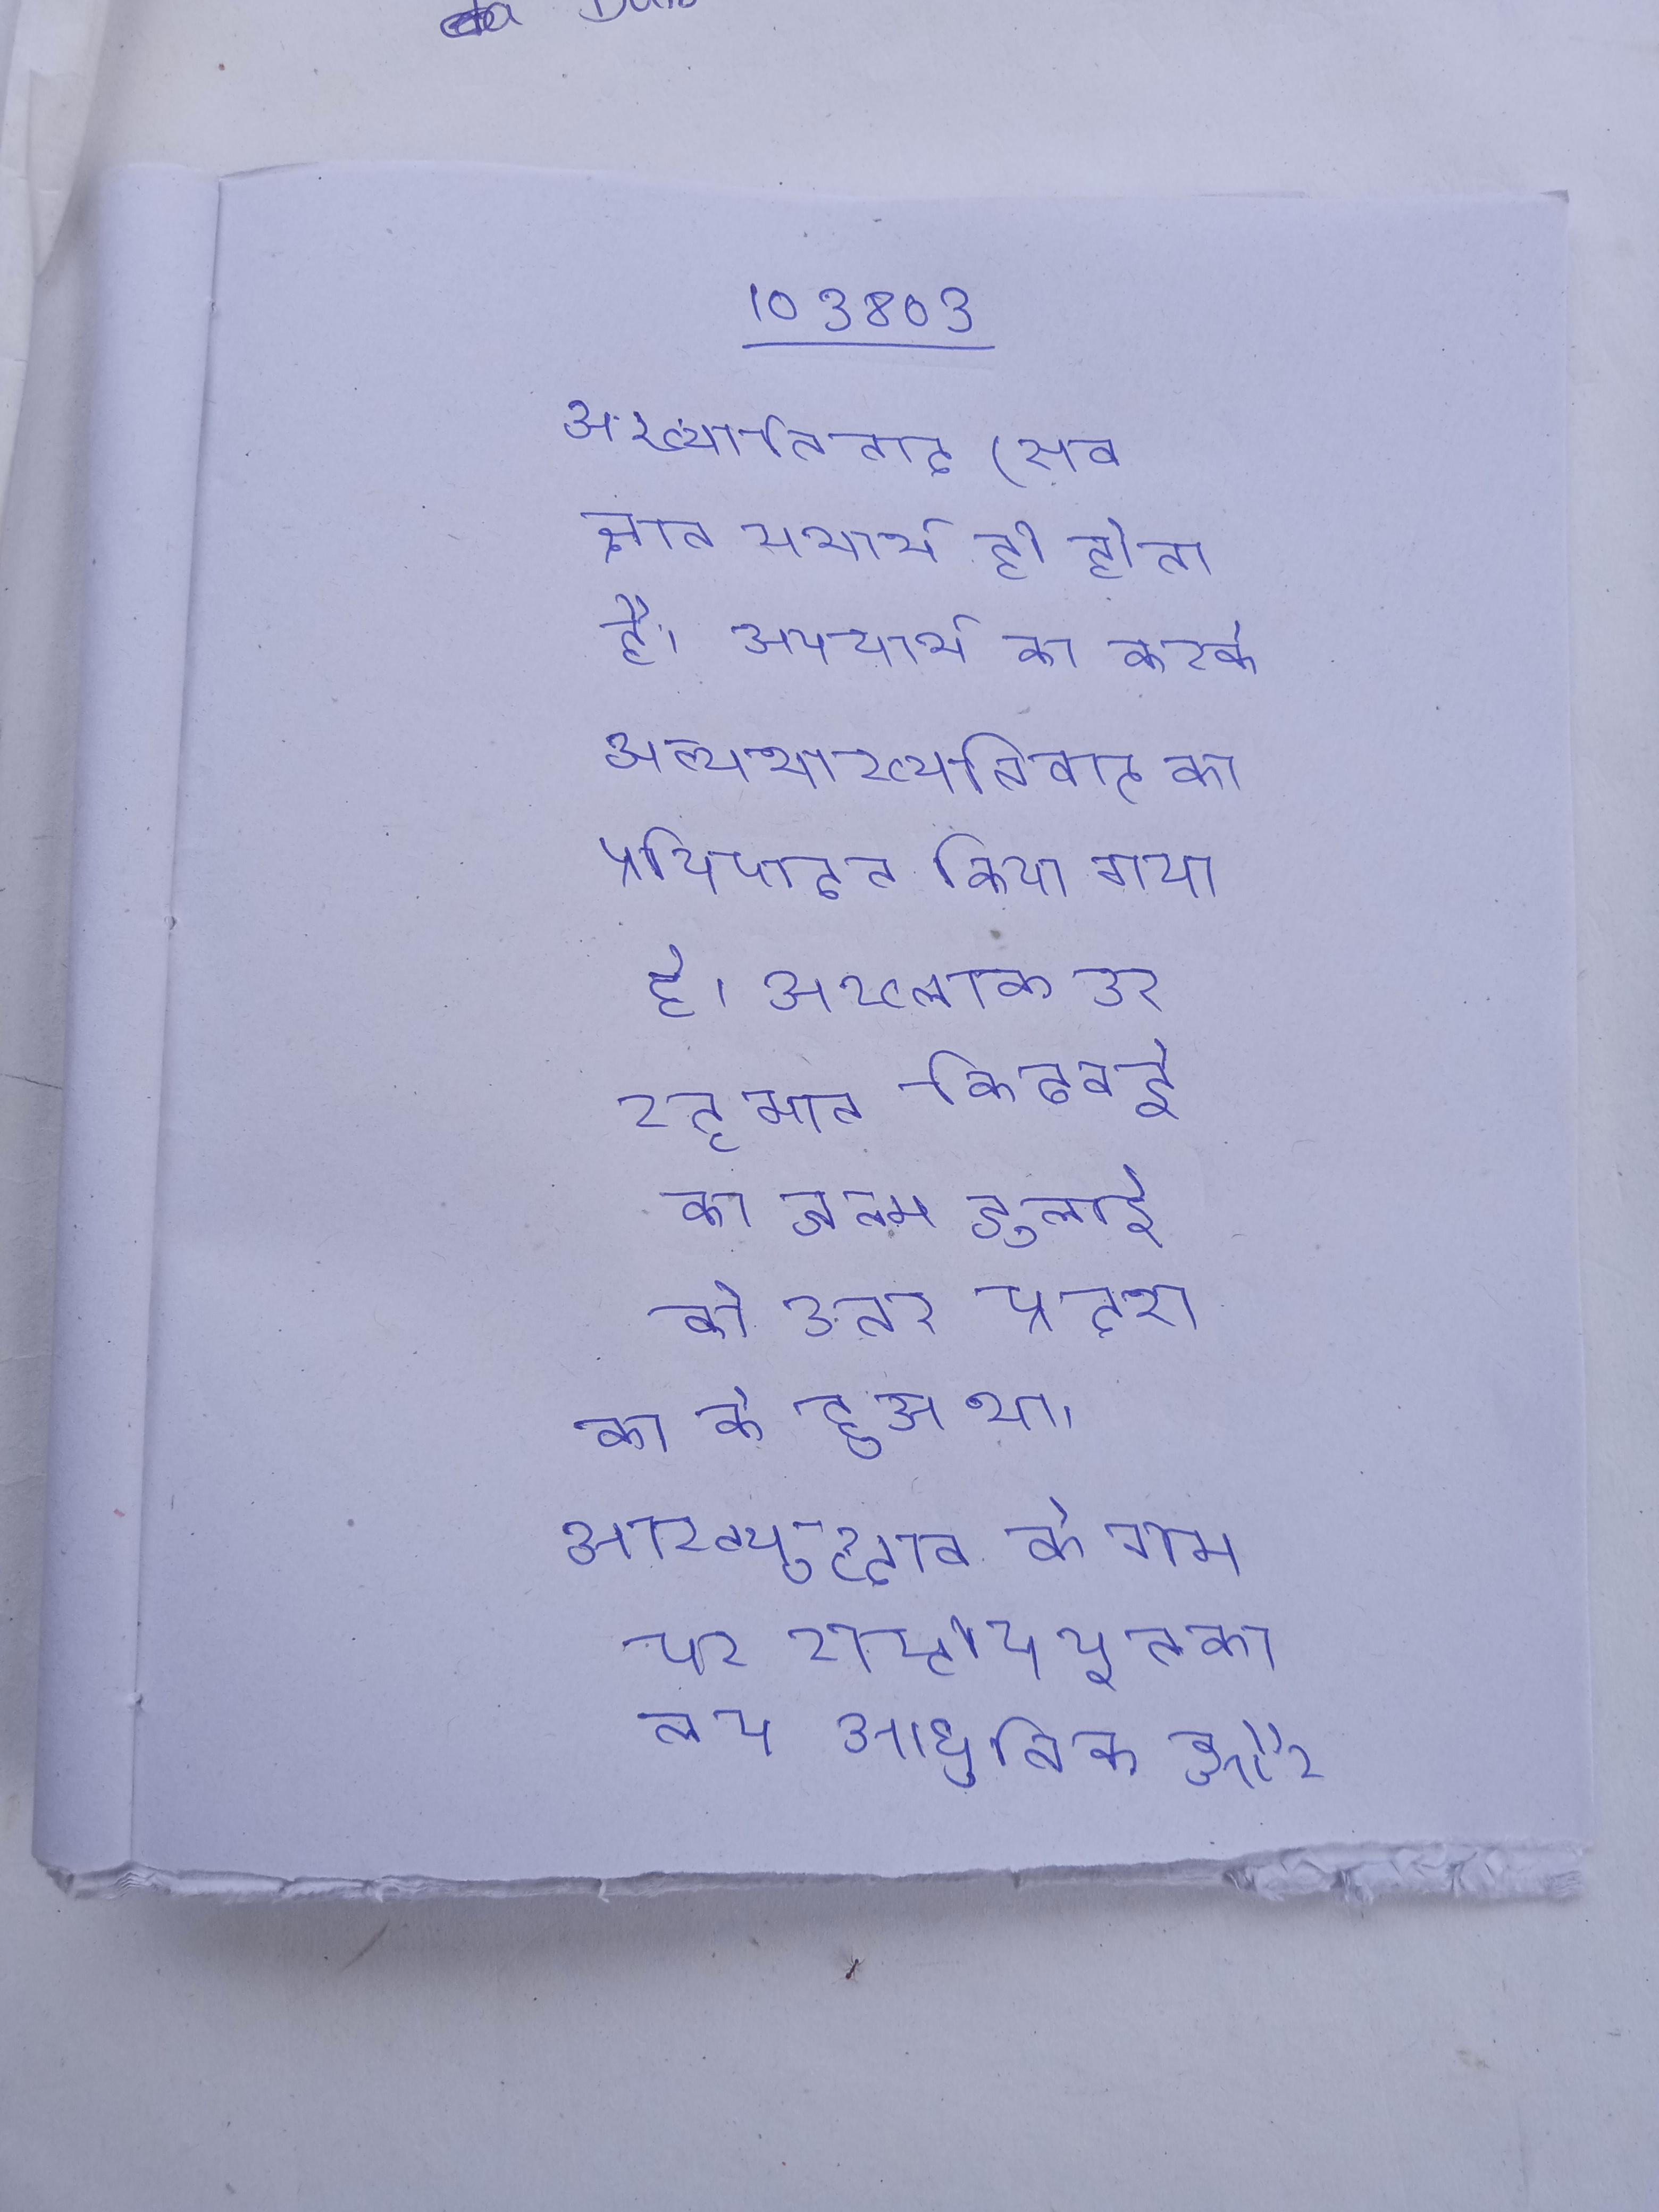
अख्यातिवाद (सब ज्ञान यथार्थ ही होता है, अययार्थ का करके अन्यथाख्यातिवाद का प्रतिपादन किया गया है । अख्लाक उर रहमान किदवई का जन्म जुलाई को उत्तर प्रदेश के के हुआ था । अख्सुन्दोव के नाम पर राष्ट्रीय पुस्तकालय आधुनिक और शास्त्रीय शैली के बनाया गया था ।